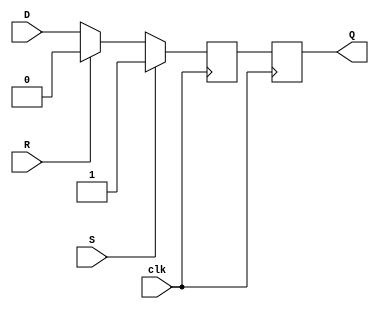
module master_slave_sr_ff (
    input wire D, // Data input
    input wire S, // Set input
    input wire R, // Reset input
    input wire clk, // Clock input
    output reg Q // Output
);

reg master_latch, slave_latch;

// Master latch
always @(posedge clk) begin
    if (S) begin
        master_latch <= 1'b1;
    end else if (R) begin
        master_latch <= 1'b0;
    end else begin
        master_latch <= D;
    end
end

// Slave latch
always @(negedge clk) begin
    slave_latch <= master_latch;
end

// Output Q
assign Q = slave_latch;

endmodule